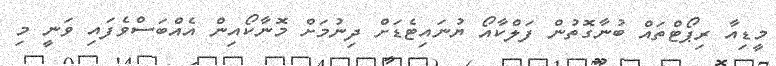
މީޑިއާ ރިޕޯޓްތައް ބުނާގޮތުން ފަލްކާއޯ ޔުނައިޓެޑަށް ދިނުމަށް މޮނާކޯއިން އެއްބަސްވެފައި ވަނީ މި